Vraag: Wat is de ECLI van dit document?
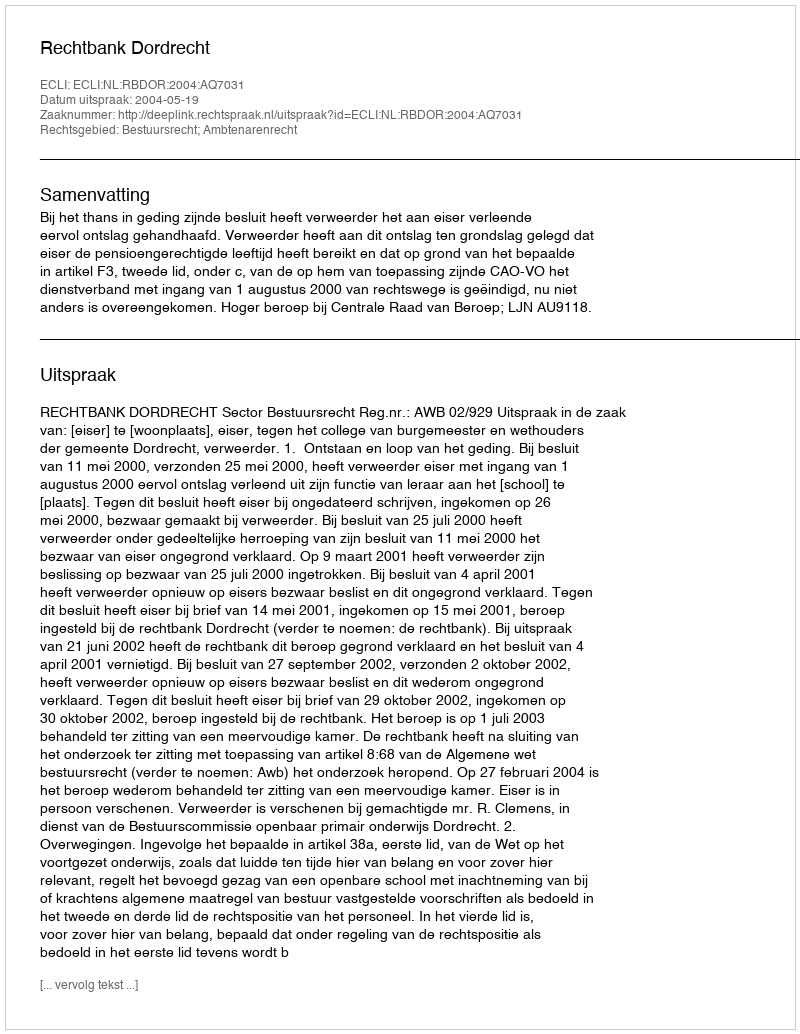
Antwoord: ECLI:NL:RBDOR:2004:AQ7031